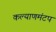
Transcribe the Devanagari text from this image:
कल्याणमंटप